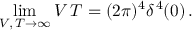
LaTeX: \operatorname * { l i m } _ { V , \, T \to \infty } V \, T = ( 2 \pi ) ^ { 4 } \delta ^ { \, 4 } ( 0 ) \, .